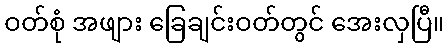
ဝတ်စုံ အဖျား ခြေချင်းဝတ်တွင် အေးလှပြီ။